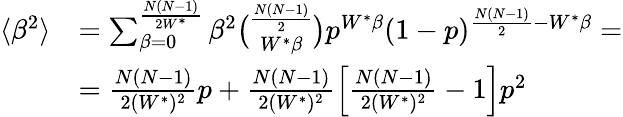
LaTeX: \begin{array}{rl}{\langle\beta^{2}\rangle}&{=\sum_{\beta=0}^{\frac{N(N-1)}{2W^{*}}}\beta^{2}\binom{\frac{N(N-1)}{2}}{W^{*}\beta}p^{W^{*}\beta}(1-p)^{\frac{N(N-1)}{2}-W^{*}\beta}=}\\ &{=\frac{N(N-1)}{2(W^{*})^{2}}p+\frac{N(N-1)}{2(W^{*})^{2}}\left[\frac{N(N-1)}{2(W^{*})^{2}}-1\right]p^{2}}\end{array}